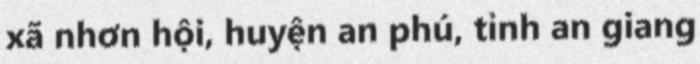
xã nhơn hội, huyện an phú, tỉnh an giang